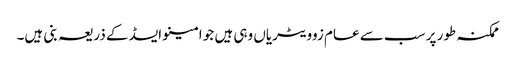
ممکنہ طور پر سب سے عام زوویٹریاں وہی ہیں جو امینو ایسڈ کے ذریعہ بنی ہیں۔